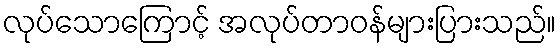
လုပ်သောကြောင့် အလုပ်တာဝန်များပြားသည်။